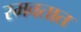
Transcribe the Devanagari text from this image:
रमवतात